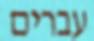
עברים